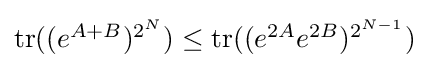
{\textstyle \operatorname {tr} ((e^{A+B})^{2^{N}})\leq \operatorname {tr} ((e^{2A}e^{2B})^{2^{N-1}})}